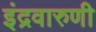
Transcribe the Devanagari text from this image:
इंद्रवारुणी